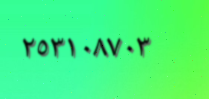
٢٥٣١٠٨٧٠٣